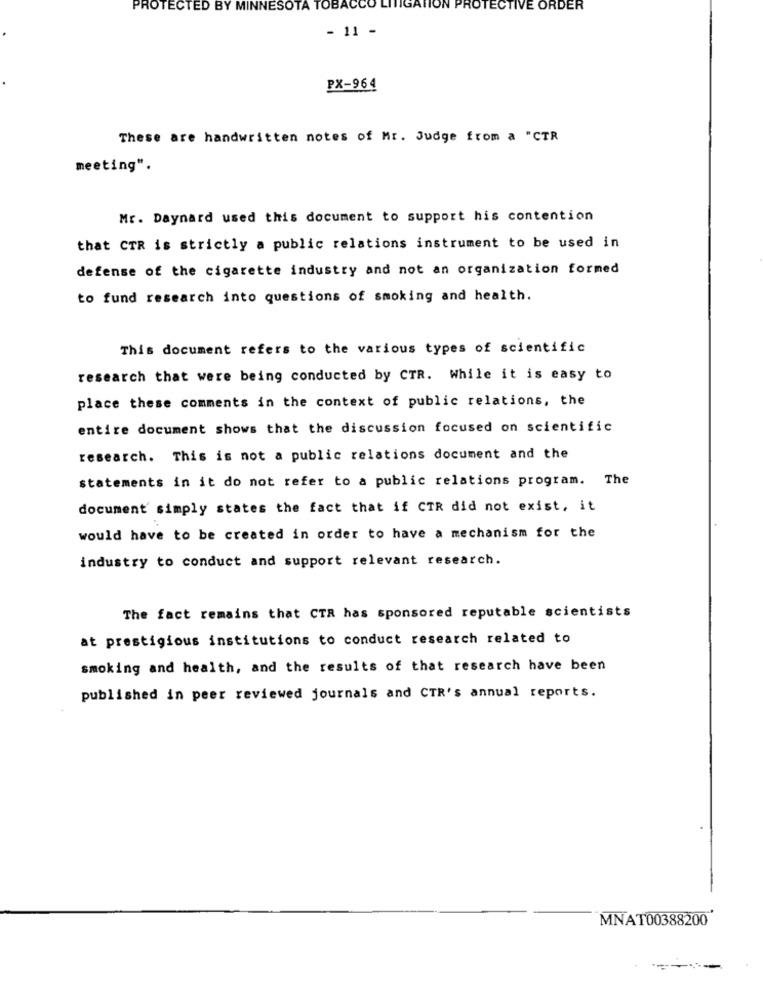
PROTECTED BY MINNESOTA TOBACCO LITIGATION PROTECTIVE ORDER
- 11 -
PX-964
These are handwritten notes of Mr. Judge from a "CTR
meeting".
Mr. Daynard used this document to support his contention
that CTR is strictly a public relations instrument to be used in
defense of the cigarette industry and not an organization formed
to fund research into questions of smoking and health.
This document refers to the various types of scientific
research that were being conducted by CTR. While it is easy to
place these comments in the context of public relations, the
entire document shows that the discussion focused on scientific
research. This is not a public relations document and the
statements in it do not refer to a public relations program. The
document simply states the fact that if CTR did not exist, it
would have to be created in order to have a mechanism for the
industry to conduct and support relevant research.
The fact remains that CTR has sponsored reputable scientists
at prestigious institutions to conduct research related to
smoking and health, and the results of that research have been
published in peer reviewed journals and CTR's annual reports.
MNAT00388200
---